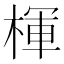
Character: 楎